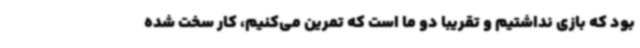
بود که بازی نداشتیم و تقریبا دو ما است که تمرین می‌کنیم، کار سخت شده